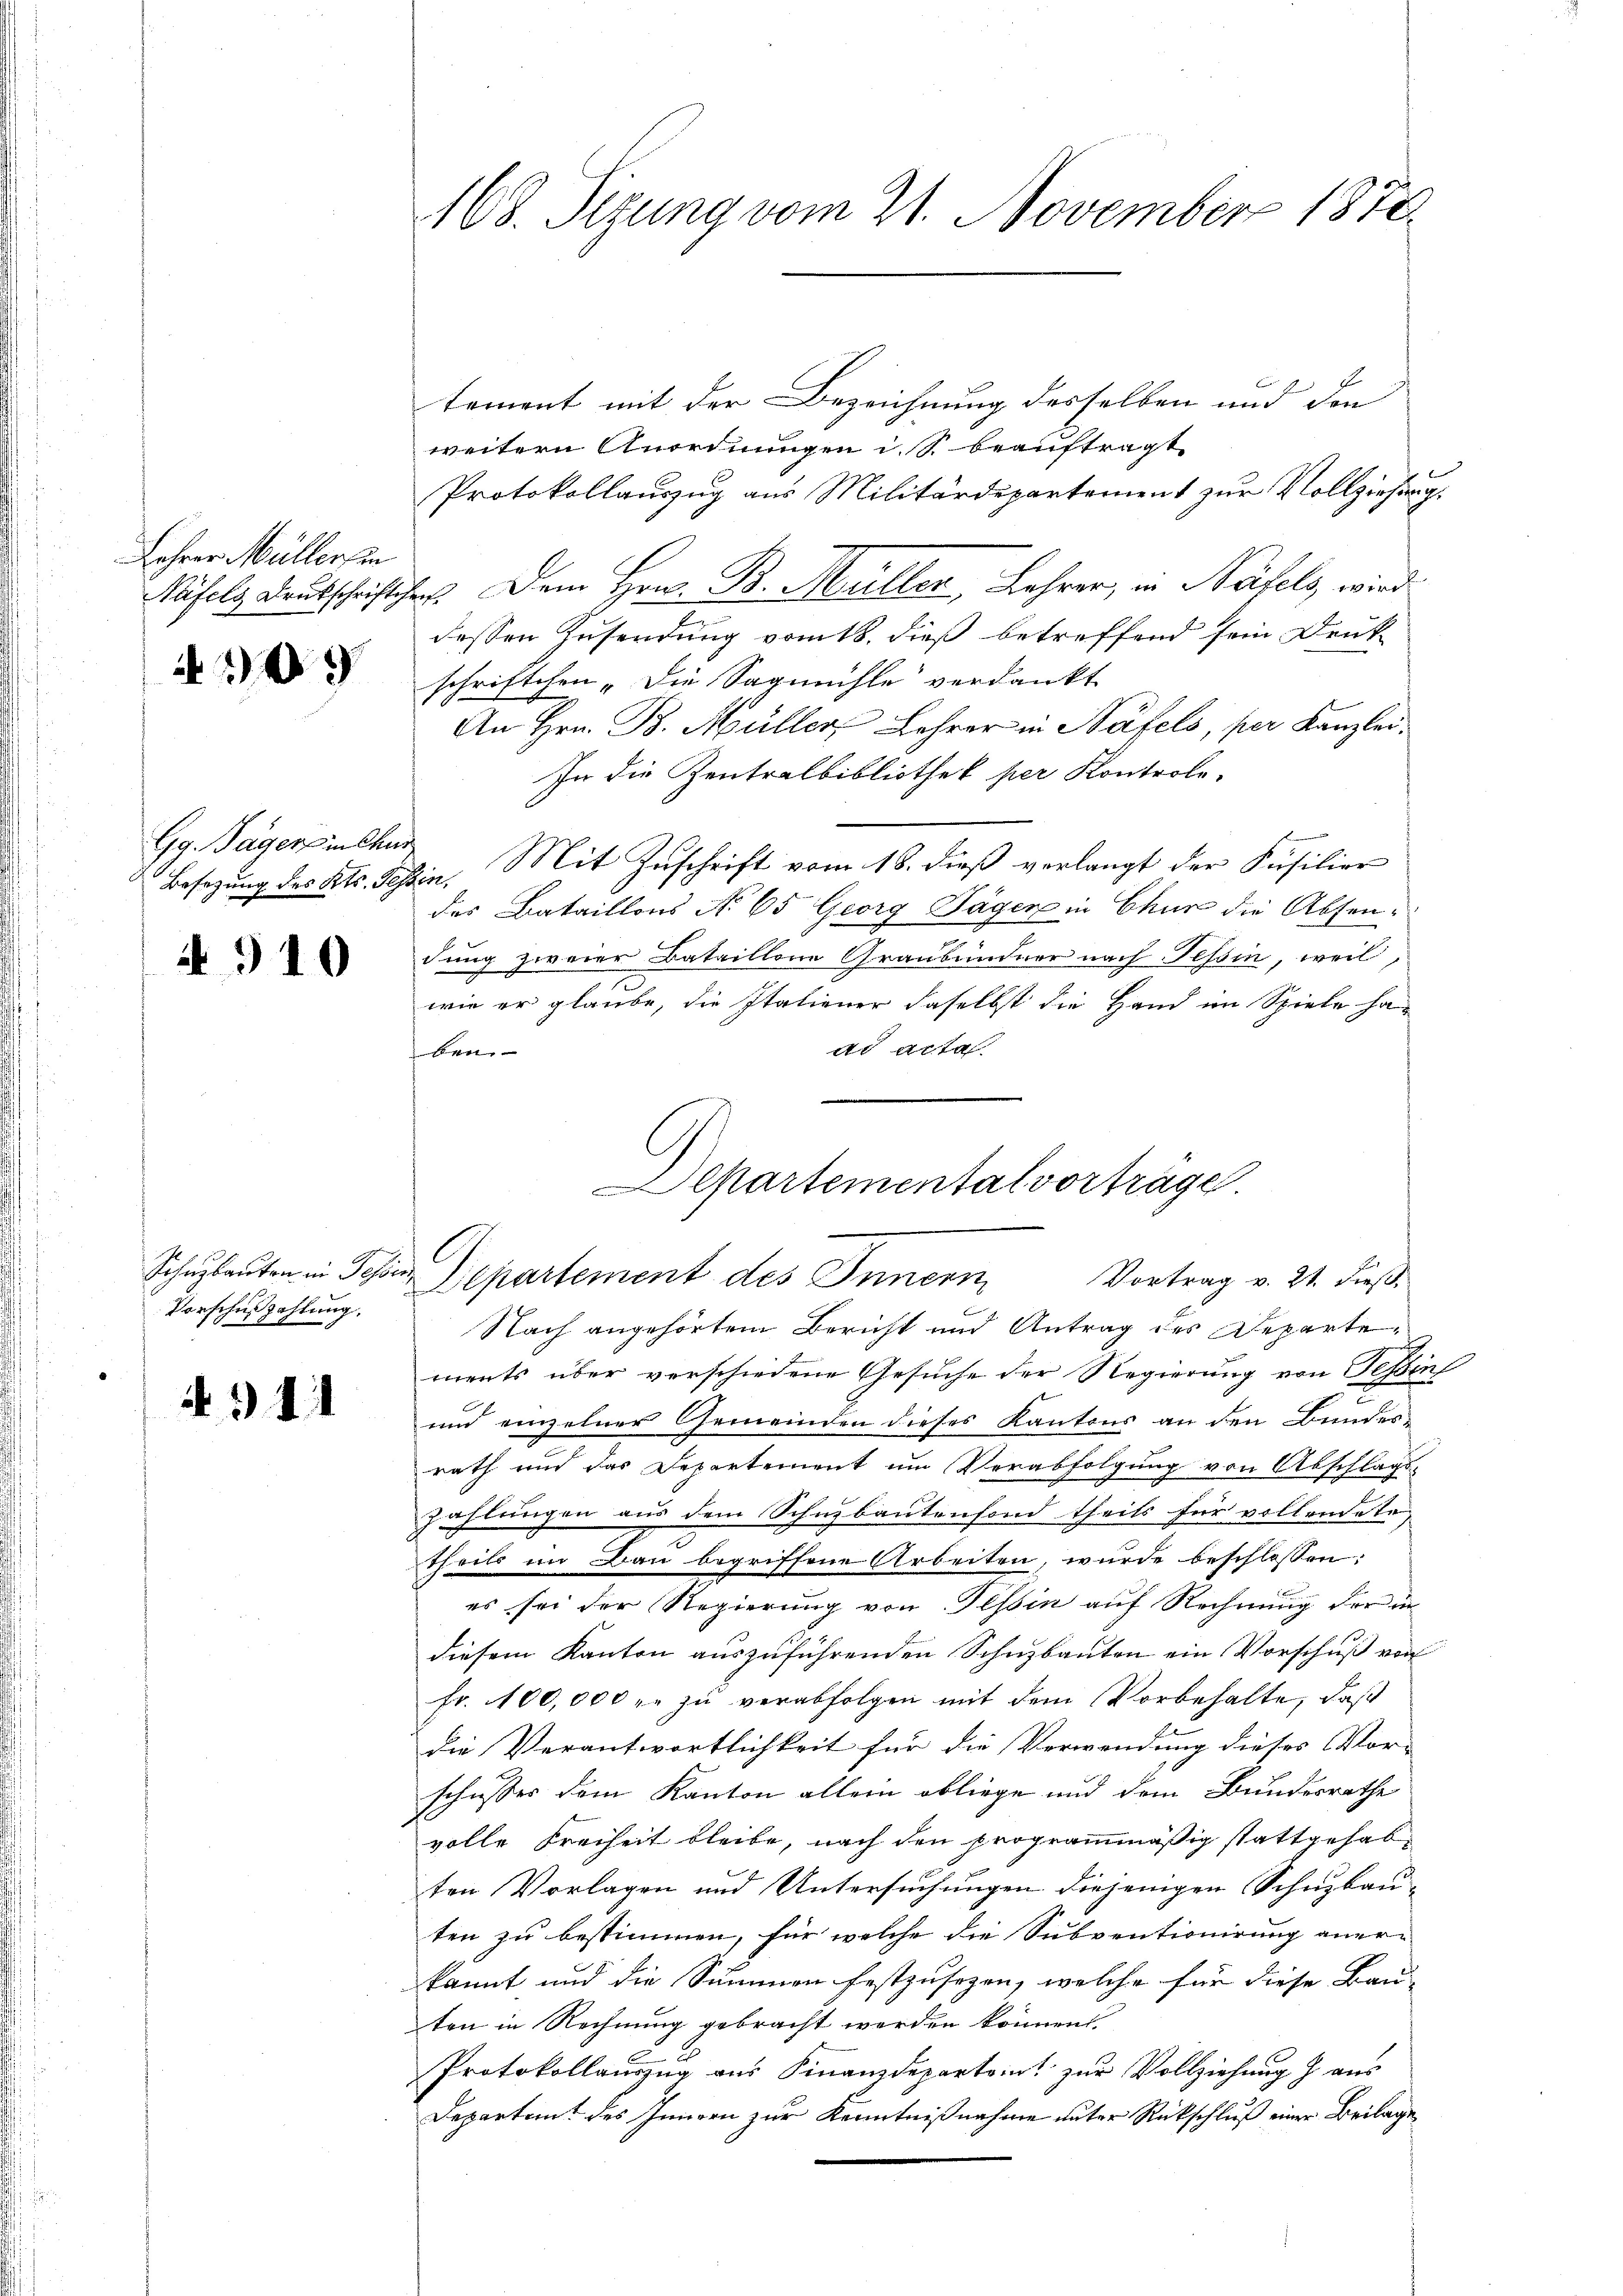
Lohrer Müllersen

09

Gg. Tagers in Chur

A 910

Vorschußzahlung.

N. 111

168. Sizung vom 21. November 1878.

tement mit der Bezeichnung desselben und den
weitern Anordnungen i. S. beauftragt
Protokollauszug aus Militärdepartement zur Vollziehung,
Näfels Deutschriftchen. Dem Hrn. B. Müller, Lehrer, in Näfels, wird
dessen Zusendung vom 18. dieß betreffend sein Druck-
schriftchen „Die Sagmühle verdankt
An Hrn. B. Müller Lehrer in Näfels, per Kanzlei.
In die Zentralbibliothek per Kontrole-
Besetzung des Kts. Tessin, Mit Zuschrift vom 18. dieß verlangt der Füsilier
des Bataillons No 65 Georg Jäger in Chur die Absendung zweier Bataillone Graubündner nach Tessin, weil,
wie er glaube, die Italiener daselbst die Hand im Spiele haach Acta
Ben
Departemental vortrage.

Schulauten in Schön, Departement des Innern,
Vortrag v. 21. dieß,

Nach angehörtem Bericht und Antrag des Departements über verschiedene Gesuche der Regierung von Festins
und einzelner Gemeinden dieses Kantons an den Bundes-
rath und das Departement um Verabfolgung von Abschlags-
zahlungen aus dem Schuzbautenfond theils für vollendete,
theils im Bau begriffene Arbeiten, wurde beschlossen:
es sei der Regierung von Tessin auf Rechnung der in
diesem Kanton auszuführenden Schuzbauten ein Vorschuß von
fr. 100,000 r. zŭ verabfolgen mit dem Vorbehalte, daß
die Verantwortlichkeit für die Verwendung dieses Vor-
schusser dem Kanton allein obliege und dem Bundesrathe
volle Freiheit bleibe, nach den programmäßig stattgehabten Vorlagen und Untersuchungen diejenigen Schuzbauten zu bestimmen, für welche die Subventionirung aner-
kannt und die Summen festzusezen, welche für diese Bau-
ten in Rechnung gebracht werden können.
Protokollauszug aus Finanzdeparteint zur Vollziehung . aus
Departamt des Innern zur Kenntnißnahme unter Rückschluß einer Beilage